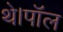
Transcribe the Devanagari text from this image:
थे।पॉल